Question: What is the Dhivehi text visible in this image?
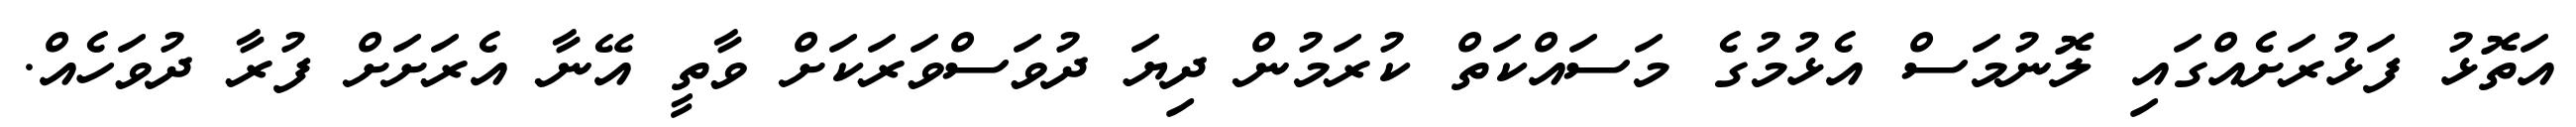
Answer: އަތޮޅު ފަޅުރަށެއްގައި ލޮނުމަސް އެޅުމުގެ މަސައްކަތް ކުރަމުން ދިޔަ ދުވަސްވަރަކަށް ވާތީ އޭނާ އެރަށަށް ފުރާ ދުވަހެއް.